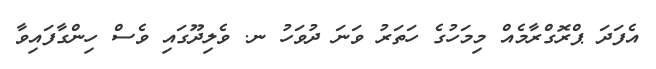
އެފަދަ ޕްރޮގްރާމެއް މިމަހުގެ ހަތަރު ވަނަ ދުވަހު ނ. ވެލިދޫގައި ވެސް ހިންގާފައިވާ